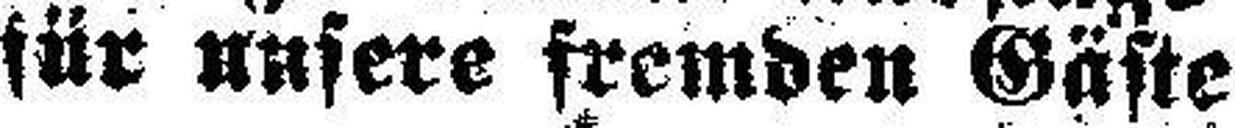
für unsere fremden Gäste